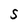
Character: S